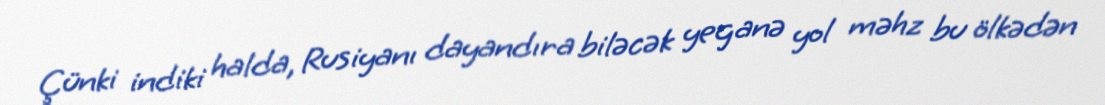
Çünki indiki halda, Rusiyanı dayandıra biləcək yeganə yol məhz bu ölkədən